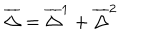
\overline { { { \Delta } } } = \overline { { { \Delta } } } ^ { 1 } + \overline { { { \Delta } } } ^ { 2 }